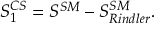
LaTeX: S _ { 1 } ^ { C S } = S ^ { S M } - S _ { R i n d l e r } ^ { S M } .